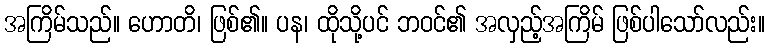
အကြိမ်သည်။ ဟောတိ၊ ဖြစ်၏။ ပန၊ ထိုသို့ပင် ဘဝင်၏ အလှည့်အကြိမ် ဖြစ်ပါသော်လည်း။